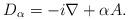
LaTeX: \begin{align*}D_\alpha=-i\nabla+\alpha A.\end{align*}